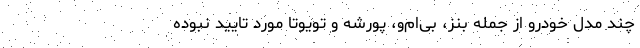
چند مدل خودرو از جمله بنز، بی‌ام‌و، پورشه و تویوتا مورد تایید نبوده